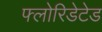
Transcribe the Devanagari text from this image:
फ्लोरिडेटेड